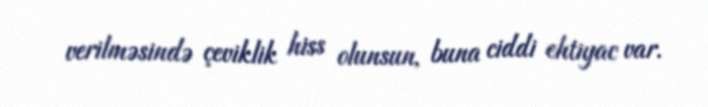
verilməsində çeviklik hiss olunsun, buna ciddi ehtiyac var.